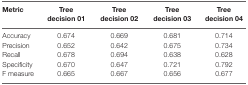
| Metric | Tree decision 01 | Tree decision 02 | Tree decision 03 | Tree decision 04 |
 | --- | --- | --- | --- | --- |
 | Accuracy | 0.674 | 0.669 | 0.681 | 0.714 |
 | Precision | 0.652 | 0.642 | 0.675 | 0.734 |
 | Recall | 0.678 | 0.694 | 0.638 | 0.628 |
 | Specificity | 0.670 | 0.647 | 0.721 | 0.792 |
 | F measure | 0.665 | 0.667 | 0.656 | 0.677 |